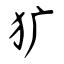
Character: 犷